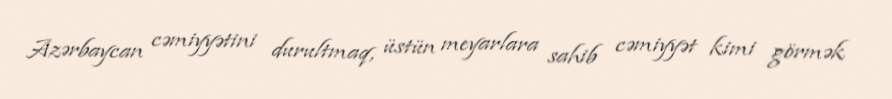
Azərbaycan cəmiyyətini durultmaq, üstün meyarlara sahib cəmiyyət kimi görmək